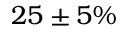
2 5 \pm 5 \%